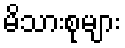
မိသားစုများ